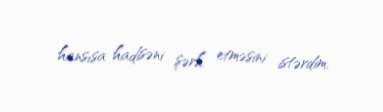
hansısa hadisəni şərh etməsini istərdim.